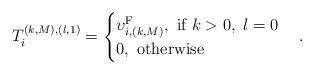
LaTeX: \begin{align*}T^{(k,M),(l,1)}_i=\begin{cases} \upsilon^{\mathrm{F}}_{i,(k,M)},~\textrm{if}~k>0,~l=0\\ 0,~\textrm{otherwise}\\\end{cases}.\end{align*}